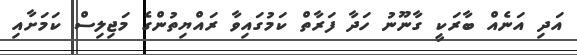
އަދި އަނެއް ބާރަކީ ގާނޫނު ހަދާ ފަރާތް ކަމުގައިވާ ރައްޔިތުންގެ މަޖިލިސް ކަމަށާއި